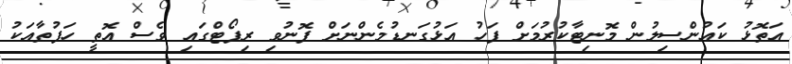
އަތޮޅު ކައުންސިލުން މޮނިޓާކުރުމަށް ފަހު އަޅުގަނޑުމެންނަށް ފޮނުވި ރިޕޯޓްގައި ވެސް އޮތީ ހަފުތާއަކު